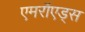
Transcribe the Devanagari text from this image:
एमरॉएड्स